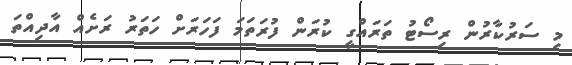
މި ސަރުކާރުން ރިސޯޓު ތަރައްގީ ކުރަން ފުރަތަމަ ފަހަރަށް ހަތަރު ރަށެއް އާދިއްތަ